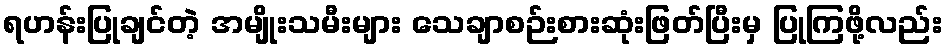
ရဟန်းပြုချင်တဲ့ အမျိုးသမီးများ သေချာစဉ်းစားဆုံးဖြတ်ပြီးမှ ပြုကြဖို့လည်း